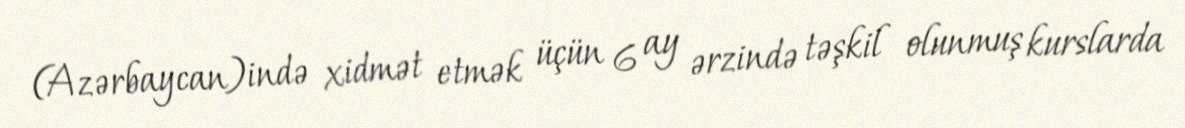
(Azərbaycan)ində xidmət etmək üçün 6 ay ərzində təşkil olunmuş kurslarda